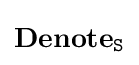
\mathbf {Denote} _{\mathtt {S}}